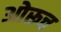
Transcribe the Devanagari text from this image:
ओरूच